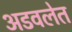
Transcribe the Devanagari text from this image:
अडवलेत